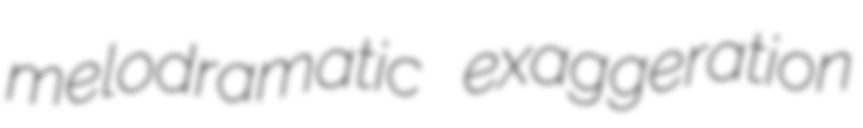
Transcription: melodramatic exaggeration